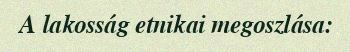
A lakosság etnikai megoszlása: